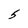
Character: 5